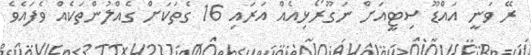
ރޭ ވަނީ އައްޑޫ ސިޓީއަށް ނަގޫރޯޅިއެއް އަރައި 16 ގެތަކަށް ގެއްލުންތަކެއް ވެފައެވެ